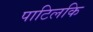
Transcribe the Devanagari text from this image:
पाटिलकि